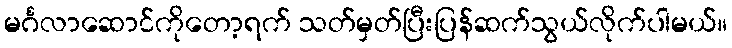
မင်္ဂလာဆောင်ကိုတော့ရက် သတ်မှတ်ပြီးပြန်ဆက်သွယ်လိုက်ပါမယ်။